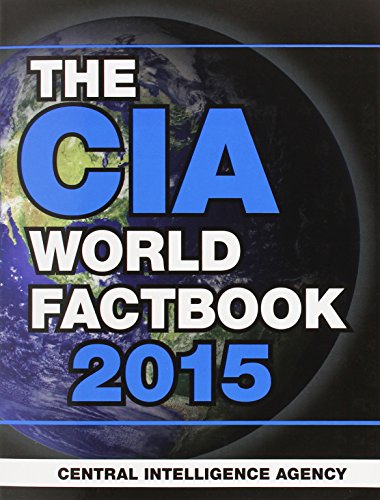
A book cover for The CIA World Factbook 2015; Central Intelligence Agency; Reference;